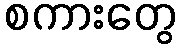
စကားတွေ